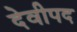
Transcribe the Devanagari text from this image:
देवीपद